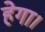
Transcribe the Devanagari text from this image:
हेगा।